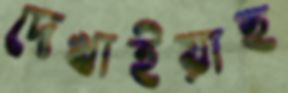
দেখাইয়াছ